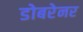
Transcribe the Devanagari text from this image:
डोबरेनर